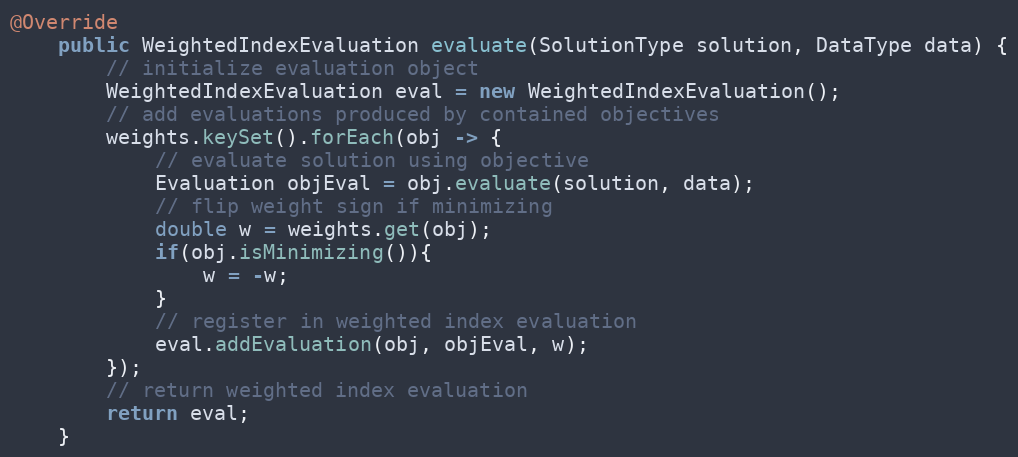
Language: Java
@Override
    public WeightedIndexEvaluation evaluate(SolutionType solution, DataType data) {
        // initialize evaluation object
        WeightedIndexEvaluation eval = new WeightedIndexEvaluation();
        // add evaluations produced by contained objectives
        weights.keySet().forEach(obj -> {
            // evaluate solution using objective
            Evaluation objEval = obj.evaluate(solution, data);
            // flip weight sign if minimizing
            double w = weights.get(obj);
            if(obj.isMinimizing()){
                w = -w;
            }
            // register in weighted index evaluation
            eval.addEvaluation(obj, objEval, w);
        });
        // return weighted index evaluation
        return eval;
    }